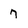
Character: 7